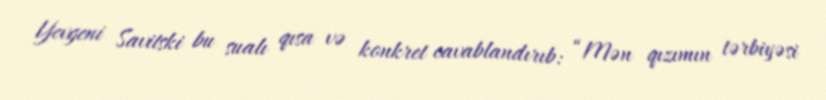
Yevgeni Savitski bu sualı qısa və konkret cavablandırıb: “Mən qızımın tərbiyəsi